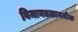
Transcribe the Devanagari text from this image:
विमानतळानजीक